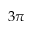
3 \pi